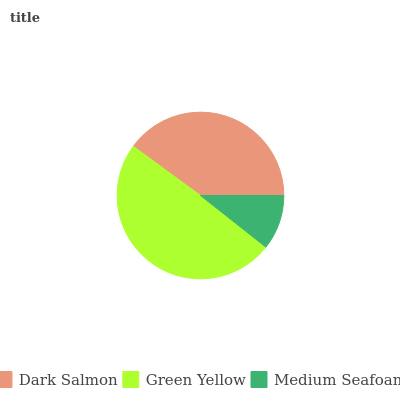
| Dark Salmon | Green Yellow | Medium Seafoam |
 | --- | --- | --- |
 | 39.9% | 49.5% | 10.6% |